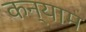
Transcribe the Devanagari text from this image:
कन्याम